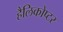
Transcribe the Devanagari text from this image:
हैलिकोप्टर